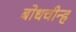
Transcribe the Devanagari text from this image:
बोधचीन्ह